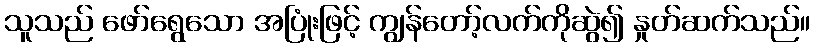
သူသည် ဖော်ရွေသော အပြုံးဖြင့် ကျွန်တော့်လက်ကိုဆွဲ၍ နှုတ်ဆက်သည်။